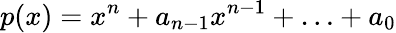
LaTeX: p(x)=x^{n}+a_{n-1}x^{n-1}+\ldots+a_{0}